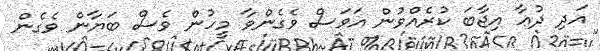
އަދި ދުޢާ އިޖާބަ ކުރެއްވުން އަވަސް ވެގެންވާ މީހުން ވެސް ބަޔާން ވެގެން